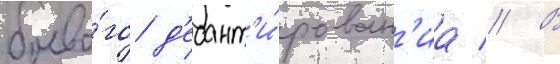
боево́го д'есант'и́рован'иа // В